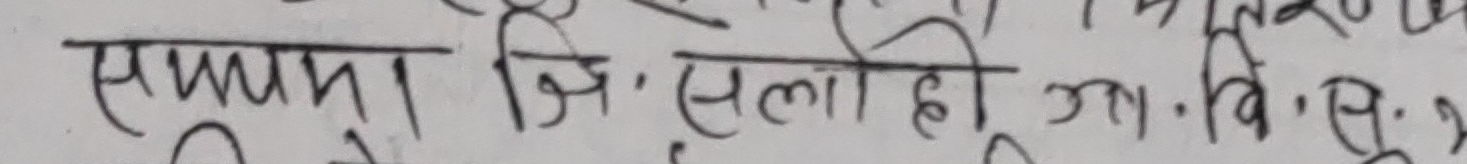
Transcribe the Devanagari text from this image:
सपात्रा जि, सलोही ञा,वि.स्यू.